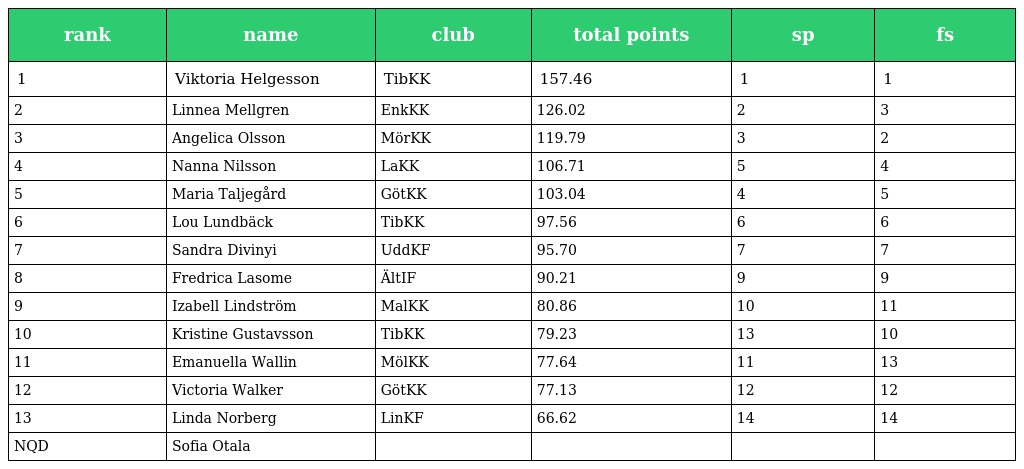
| rank | name | club | total points | sp | fs |
 | --- | --- | --- | --- | --- | --- |
 | 1 | Viktoria Helgesson | TibKK | 157.46 | 1 | 1 |
 | 2 | Linnea Mellgren | EnkKK | 126.02 | 2 | 3 |
 | 3 | Angelica Olsson | MörKK | 119.79 | 3 | 2 |
 | 4 | Nanna Nilsson | LaKK | 106.71 | 5 | 4 |
 | 5 | Maria Taljegård | GötKK | 103.04 | 4 | 5 |
 | 6 | Lou Lundbäck | TibKK | 97.56 | 6 | 6 |
 | 7 | Sandra Divinyi | UddKF | 95.70 | 7 | 7 |
 | 8 | Fredrica Lasome | ÄltIF | 90.21 | 9 | 9 |
 | 9 | Izabell Lindström | MalKK | 80.86 | 10 | 11 |
 | 10 | Kristine Gustavsson | TibKK | 79.23 | 13 | 10 |
 | 11 | Emanuella Wallin | MölKK | 77.64 | 11 | 13 |
 | 12 | Victoria Walker | GötKK | 77.13 | 12 | 12 |
 | 13 | Linda Norberg | LinKF | 66.62 | 14 | 14 |
 | NQD | Sofia Otala |  |  |  |  |